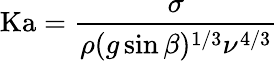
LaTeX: \mathrm{Ka}={\frac{\sigma}{\rho(g\sin\beta)^{1/3}\nu^{4/3}}}